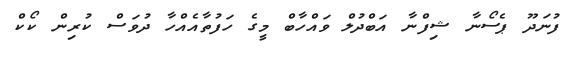
ފުނަދޫ ޕެސޯނާ ޝިފްނާ އަބްދުލް ވައްހާބް މީގެ ހަފުތާއެއްހާ ދުވަސް ކުރިން ކޯކް